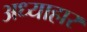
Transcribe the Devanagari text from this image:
अध्याहार